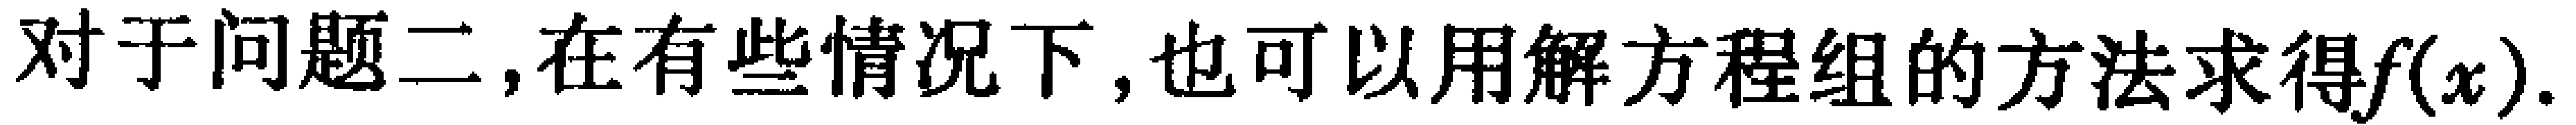
对于问题二,在有些情况下,也可以用解方程组的方法求得\(f(x)\).